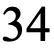
34